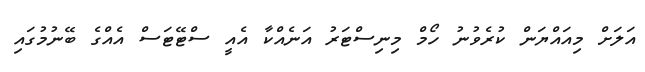
އަލަށް މިއައްޔަން ކުރެވުނު ހޯމް މިނިސްޓަރު އަނެއްކާ އެއީ ސްޓޭޓަަސްް އެއްގެ ބޭނުމުގައި